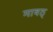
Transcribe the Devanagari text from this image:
मावठ्